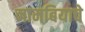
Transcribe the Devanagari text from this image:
नामबियाचे